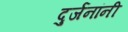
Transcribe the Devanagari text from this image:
दुर्जनांनी